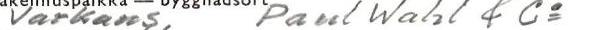
Varkaus Paul Wahl & Co